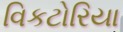
વિકટોરિયા